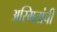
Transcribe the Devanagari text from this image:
अस्मितांची